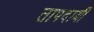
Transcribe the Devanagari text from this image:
तापदायी